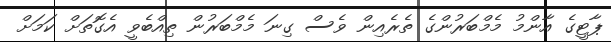
ޕާޓީގެ އާންމު މެމްބަރުންގެ ތެރެއިން ވެސް ގިނަ މެމްބަރުން ތިއްބެވީ އެގޮތަށް ކަމަށް